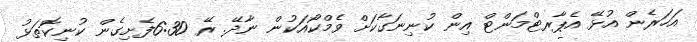
އަހަރެން އުޅޭ އެޕާރޓްމަންޓް އިން ކުނިނަގާކަށް ވެމްކޯއަކުން ނާދޭ. ރޭ 6:30ފެށިގެން ކުނިކޮތަޅު